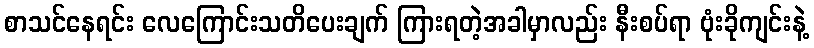
စာသင်နေရင်း လေကြောင်းသတိပေးချက် ကြားရတဲ့အခါမှာလည်း နီးစပ်ရာ ဗုံးခိုကျင်းနဲ့